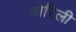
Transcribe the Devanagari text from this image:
चोरिली